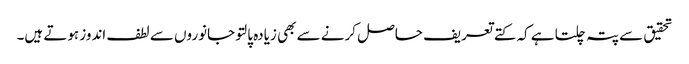
تحقیق سے پتہ چلتا ہے کہ کتے تعریف حاصل کرنے سے بھی زیادہ پالتو جانوروں سے لطف اندوز ہوتے ہیں۔